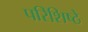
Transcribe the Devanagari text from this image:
परिशिष्ठे